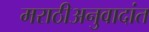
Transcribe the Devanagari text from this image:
मराठीअनुवादांत